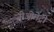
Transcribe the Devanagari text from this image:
जीओमेट्री